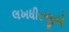
લખધીરજીએ